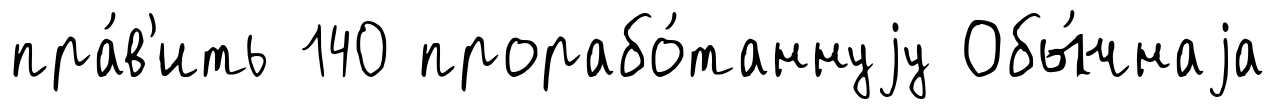
пра́в'ить 140 прорабо́таннуjу Обы́чнаjа